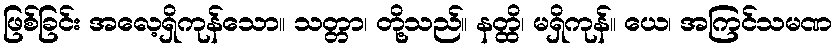
ဖြစ်ခြင်း အလေ့ရှိကုန်သော။ သတ္တာ၊ တို့သည်။ နတ္ထိ၊ မရှိကုန်။ ယေ၊ အကြင်သမဏ